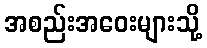
အစည်းအဝေးများသို့